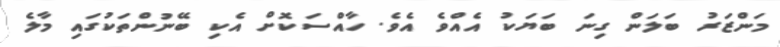
މަންޒަރު ބަލަން ގިނަ ބަޔަކު އެއްވެ އެވެ. ހާއްސަކޮށް އެކި ބޭނުންތަކުގައި މާލެ